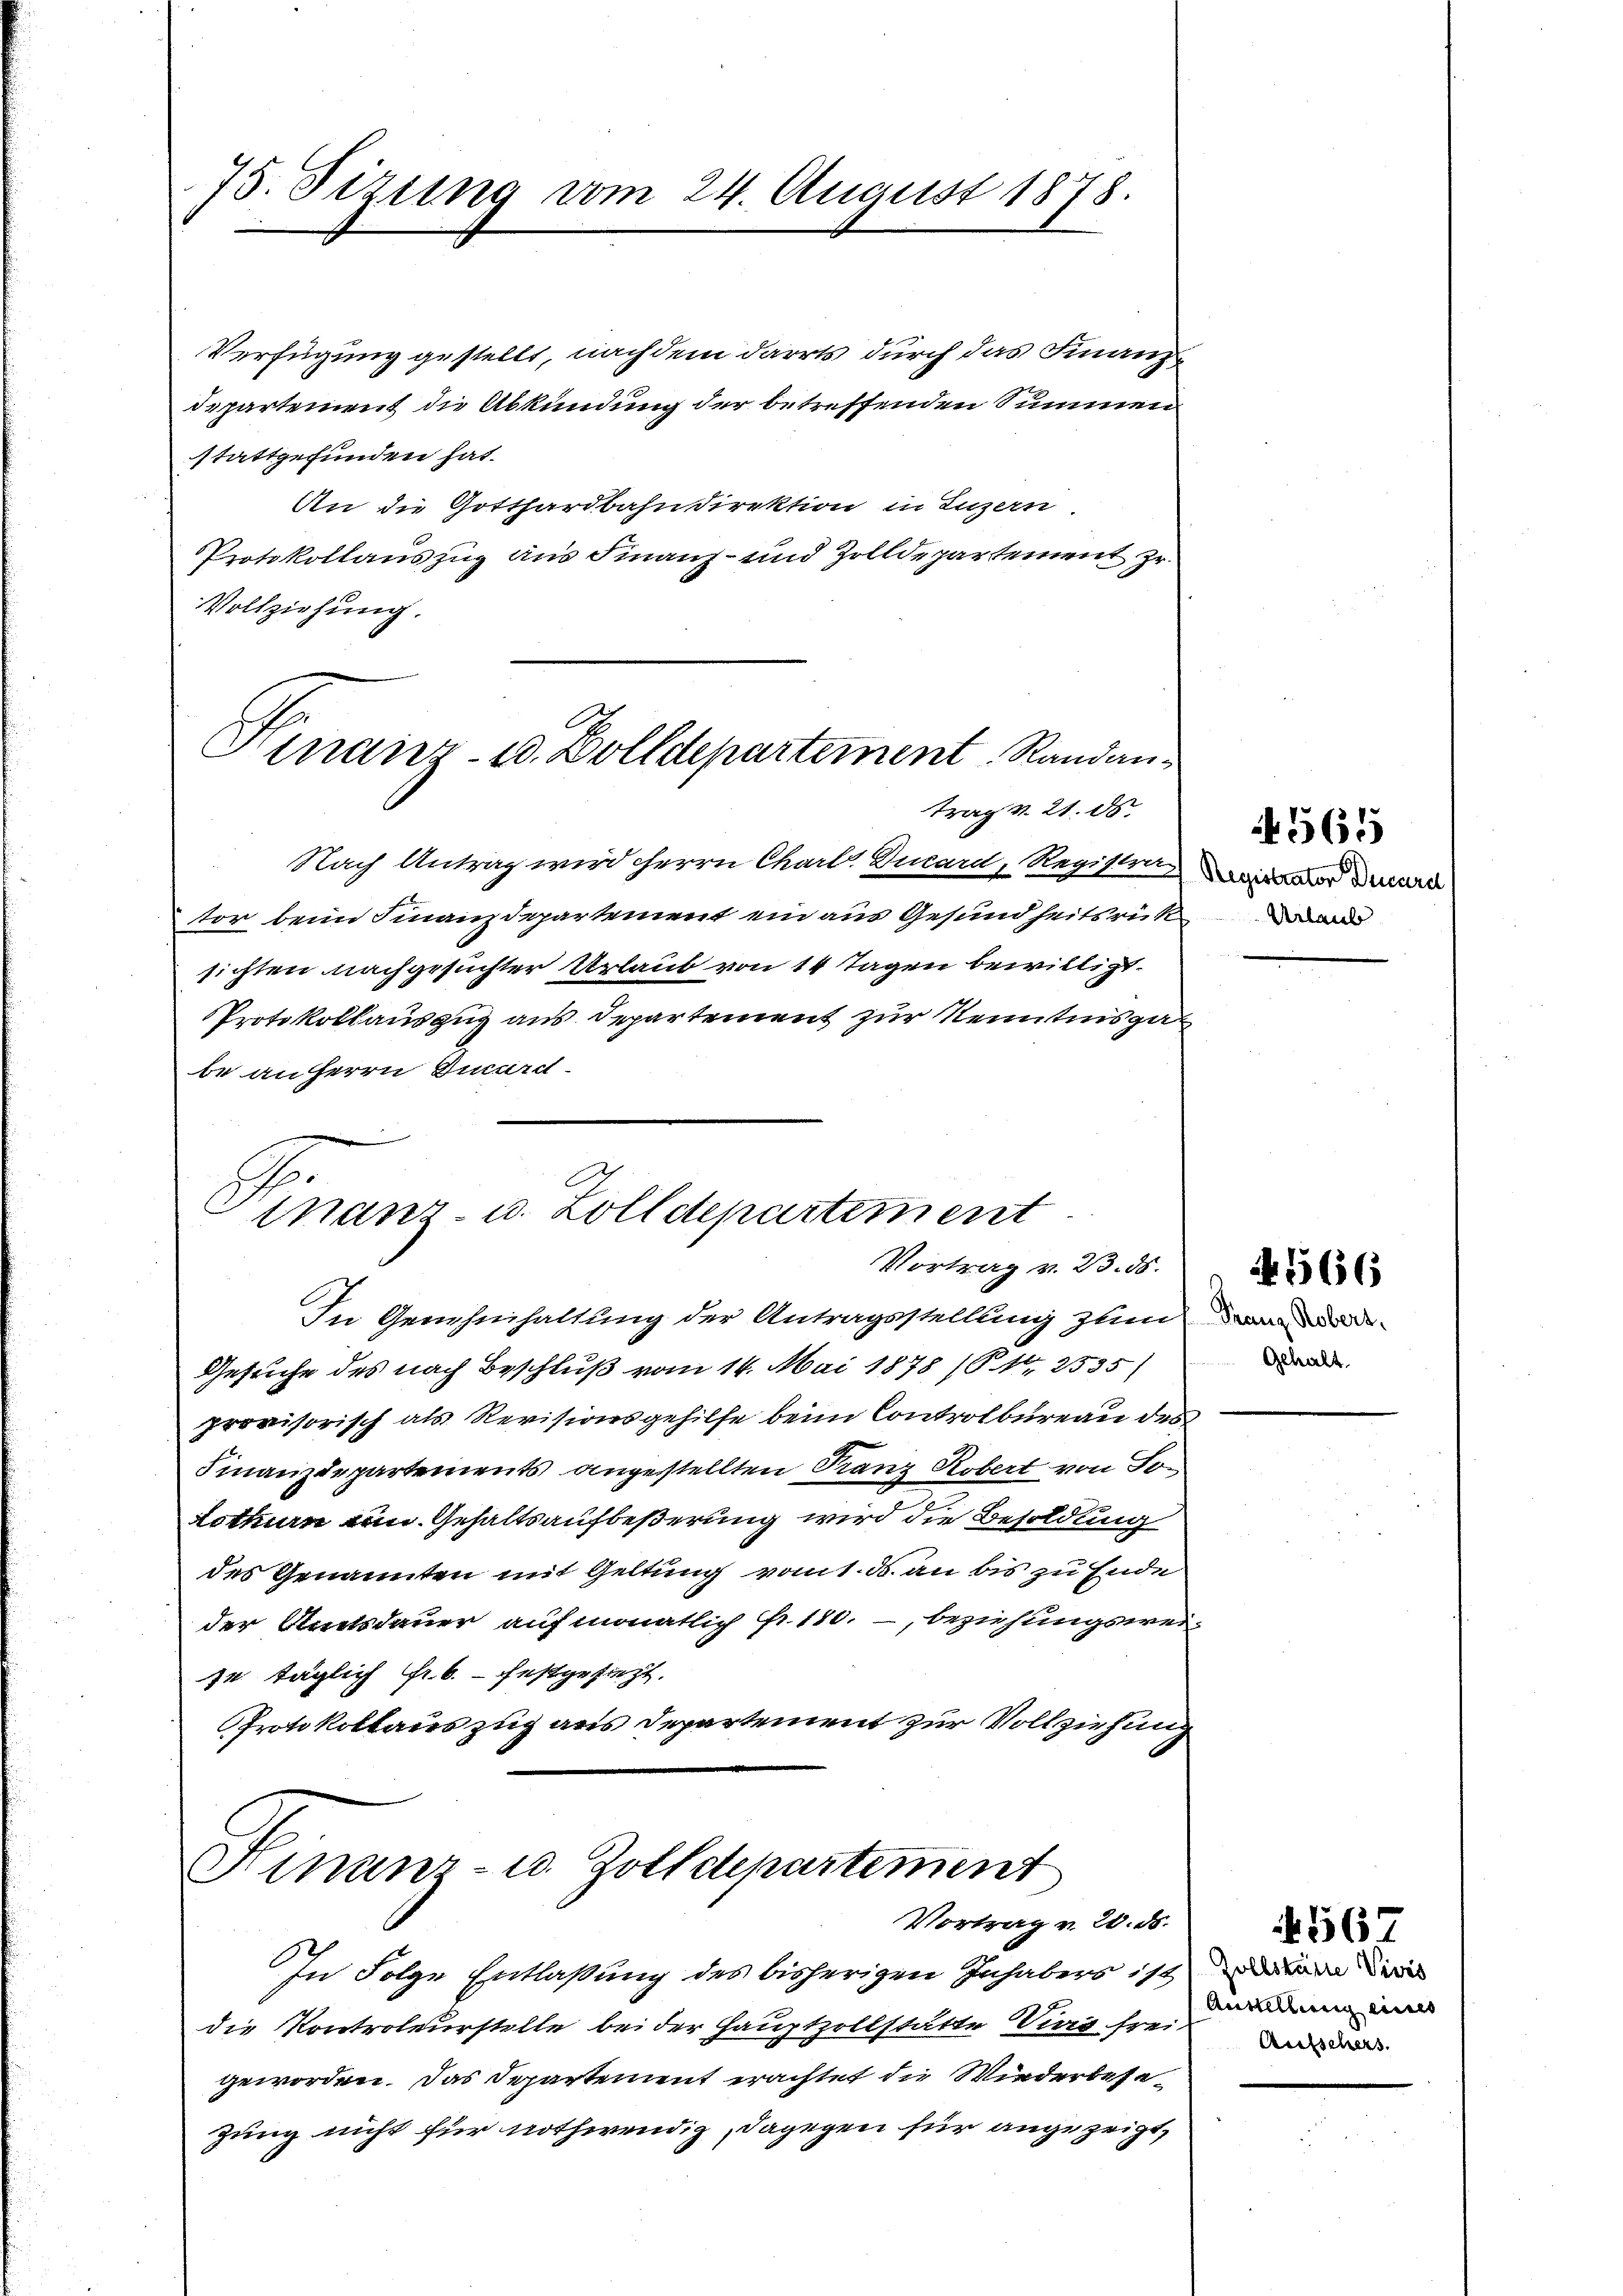
75. Sizung vom 24. August 1878.

Verfügung gestellt, nachdem darits durch das Finanzdepartement die Abkündung der betreffenden Summen
stattgefunden hat.
An die Gotthardbahndirektion in Luzern.
Protokollauszug aus Finanz- und Zolldepartement zu
Vollziehung.

C
Hinanz- u. Volldepartement Randan¬

Nach Antrag wird Herrn Charl. Ducard, Registra
tor beim Finanzdepartement ein aus Gesundheitsrückde
sichten nachgesuchter Urlaut von 14 Tagen bewilligt.
Protokollauszug aus Departement zur Kenntins ga
be anherrn Ducard

trag v. 21. ds.

C
Finanz- u. Zolldepartement
Vortrag v. 23. 86.

In Genehmhaltung der Antragsstellung zum dann de¬
Gesuche des nach Beschluß vom 14. Mai 1878 (12535)
provisorisch als Revisionsgehilfe beim Controlbureau des
Finanzdepartements angestellten Franz Robert von Jo¬
Lothurn von Gehaltsaufbeßerung wird die Besoldung
des Genannten mit Geltung vom 1. ds. an bis zu Ende
der Amtsdauer aufmonatlich ... 180. - beziehungswei-
14 täglich Fr. 6. festgesezt.
Protokollauszug aus Departement zur Vollziehung

Finanz- u. Zolldepartement
Vortrag v. 20. ds.

In Folge Entlaßung des bisherigen Inhabers ist dann wir
die Kontroleurstelle bei der Hauptzollstätte Vig freis d
geworden. Das Departement erachtet die Wiederbesezung nicht für nothwendig, dagegen für angezeigt,

Registrator Ducard

565

Gehalt

A 1566

Austellung eines

4567